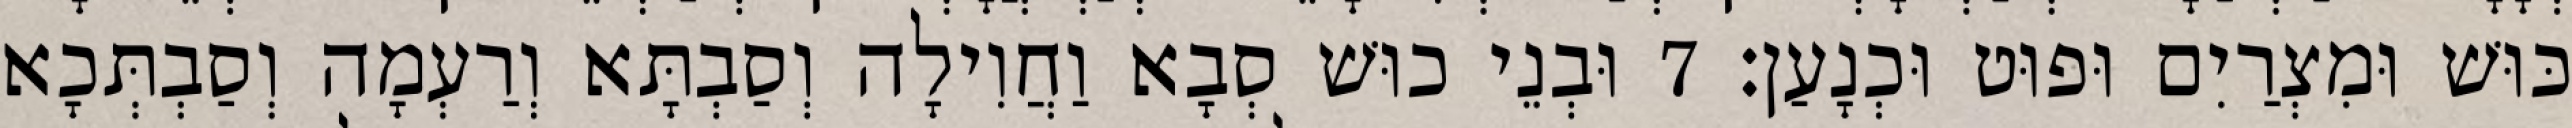
כּוּשׁ וּמִצְרַיִם וּפוּט וּכְנָעַן׃ 7 וּבְנֵי כוּשׁ סְבָא וַחֲוִילָה וְסַבְתָּא וְרַעְמָה וְסַבְתְּכָא